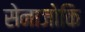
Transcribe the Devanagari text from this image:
सेनाजोकि